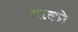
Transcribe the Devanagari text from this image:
दालो